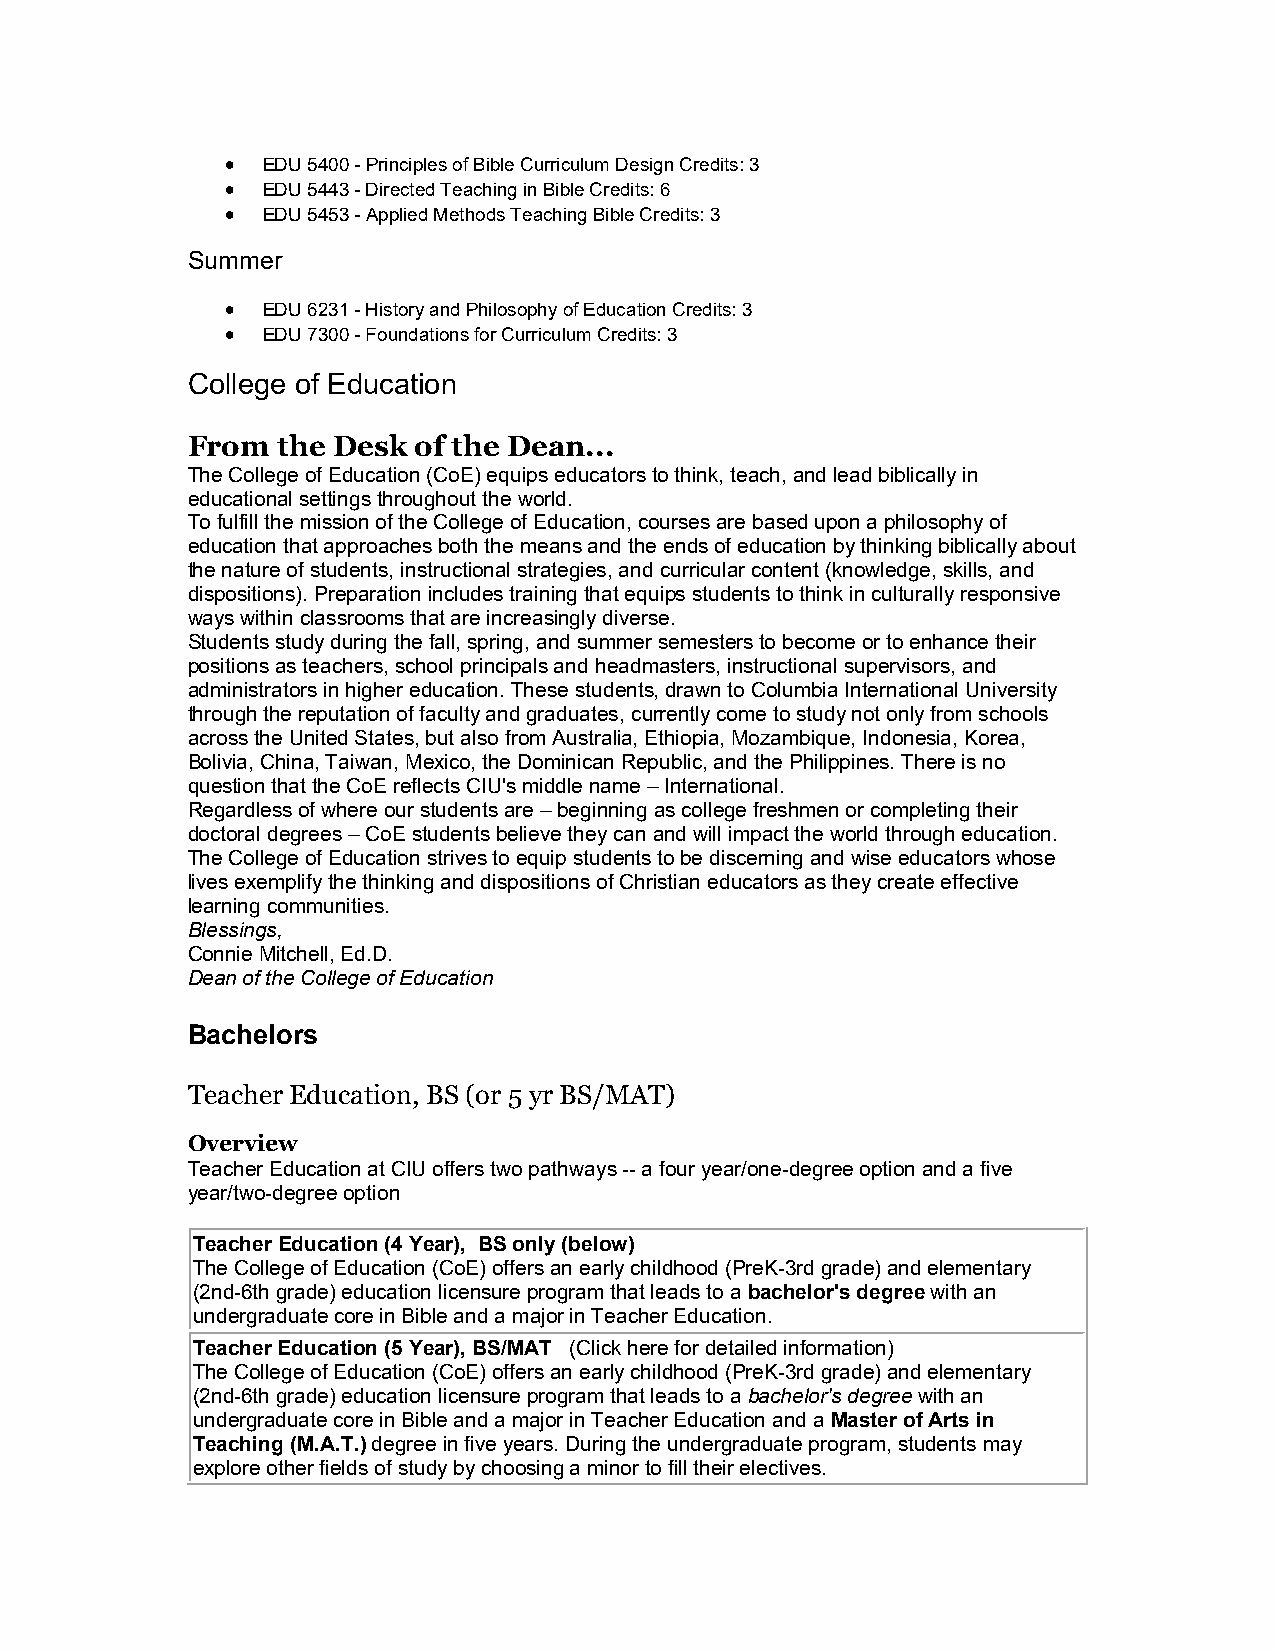
 EDU 5400 - Principles of Bible Curriculum Design Credits: 3
  EDU 5443 - Directed Teaching in Bible Credits: 6
  EDU 5453 - Applied Methods Teaching Bible Credits: 3
 Summer
  EDU 6231 - History and Philosophy of Education Credits: 3
  EDU 7300 - Foundations for Curriculum Credits: 3
 College of Education
 From  the Desk of the Dean...
 The College of Education (CoE) equips educators to think, teach, and lead biblically in
 educational settings throughout the world.
 To fulfill the mission of the College of Education, courses are based upon a philosophy of
 education that approaches both the means and the ends of education by thinking biblically about
 the nature of students, instructional strategies, and curricular content (knowledge, skills, and
 dispositions). Preparation includes training that equips students to think in culturally responsive
 ways within classrooms that are increasingly diverse.
 Students study during the fall, spring, and summer semesters to become or to enhance their
 positions as teachers, school principals and headmasters, instructional supervisors, and
 administrators in higher education. These students, drawn to Columbia International University
 through the reputation of faculty and graduates, currently come to study not only from schools
 across the United States, but also from Australia, Ethiopia, Mozambique, Indonesia, Korea,
 Bolivia, China, Taiwan, Mexico, the Dominican Republic, and the Philippines. There is no
 question that the CoE reflects CIU's middle name – International.
 Regardless of where our students are – beginning as college freshmen or completing their
 doctoral degrees – CoE students believe they can and will impact the world through education.
 The College of Education strives to equip students to be discerning and wise educators whose
 lives exemplify the thinking and dispositions of Christian educators as they create effective
 learning communities.
 Blessings,
 Connie Mitchell, Ed.D.
 Dean of the College of Education
 Bachelors
 Teacher Education, BS (or 5 yr BS/MAT)
 Overview
 Teacher Education at CIU offers two pathways -- a four year/one-degree option and a five
 year/two-degree option
 Teacher Education (4 Year), BS only (below)
 The College of Education (CoE) offers an early childhood (PreK-3rd grade) and elementary
 (2nd-6th grade) education licensure program that leads to a bachelor's degree with an
 undergraduate core in Bible and a major in Teacher Education.
 Teacher Education (5 Year), BS/MAT (Click here for detailed information)
 The College of Education (CoE) offers an early childhood (PreK-3rd grade) and elementary
 (2nd-6th grade) education licensure program that leads to a bachelor's degree with an
 undergraduate core in Bible and a major in Teacher Education and a Master of Arts in
 Teaching (M.A.T.) degree in five years. During the undergraduate program, students may
 explore other fields of study by choosing a minor to fill their electives.